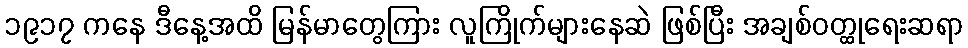
၁၉၁၇ ကနေ ဒီနေ့အထိ မြန်မာတွေကြား လူကြိုက်များနေဆဲ ဖြစ်ပြီး အချစ်ဝတ္ထုရေးဆရာ